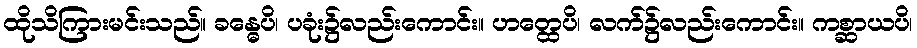
ထိုသိကြားမင်းသည်။ ခန္ဓေပိ၊ ပခုံး၌လည်းကောင်း။ ဟတ္ထေပိ၊ လက်၌လည်းကောင်း။ ကစ္ဆာယပိ၊